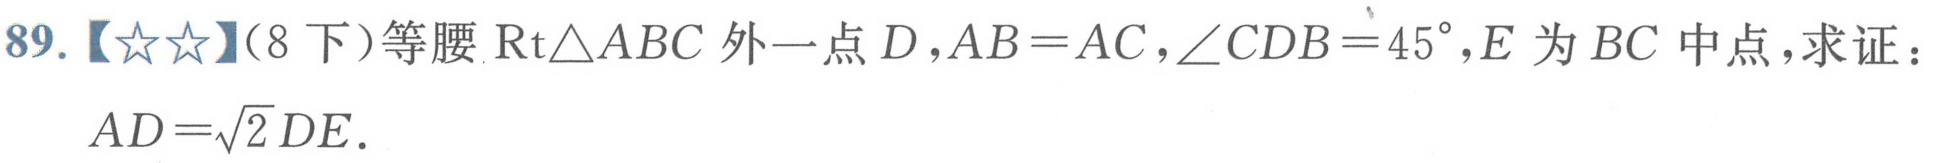
89.【★★】（8下）等腰\(\text{Rt}\triangle ABC\)外一点\(D\)，\(AB = AC\)，\(\angle CDB = 45^{\circ}\)，\(E\)为\(BC\)中点，求证：\(AD=\sqrt{2}DE\).